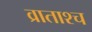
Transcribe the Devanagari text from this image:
व्राताश्च